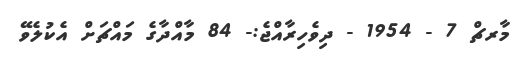
މާރޗް 7 - 1954 - ދިވެހިރާއްޖެ:- 84 މާއްދާގެ މައްޗަށް އެކުލެވޭ